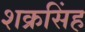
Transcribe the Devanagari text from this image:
शक्रसिंह